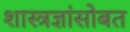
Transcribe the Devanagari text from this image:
शास्त्रज्ञांसोबत